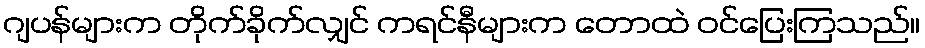
ဂျပန်များက တိုက်ခိုက်လျှင် ကရင်နီများက တောထဲ ဝင်ပြေးကြသည်။